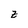
Character: z